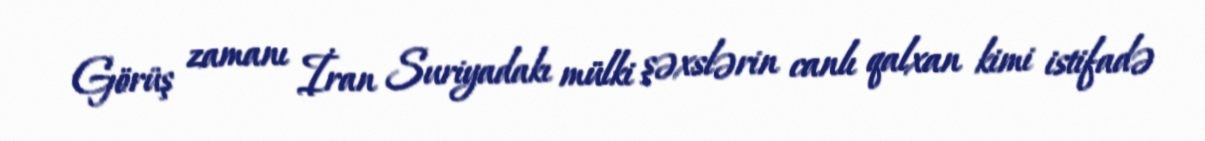
Görüş zamanı İran Suriyadakı mülki şəxslərin canlı qalxan kimi istifadə